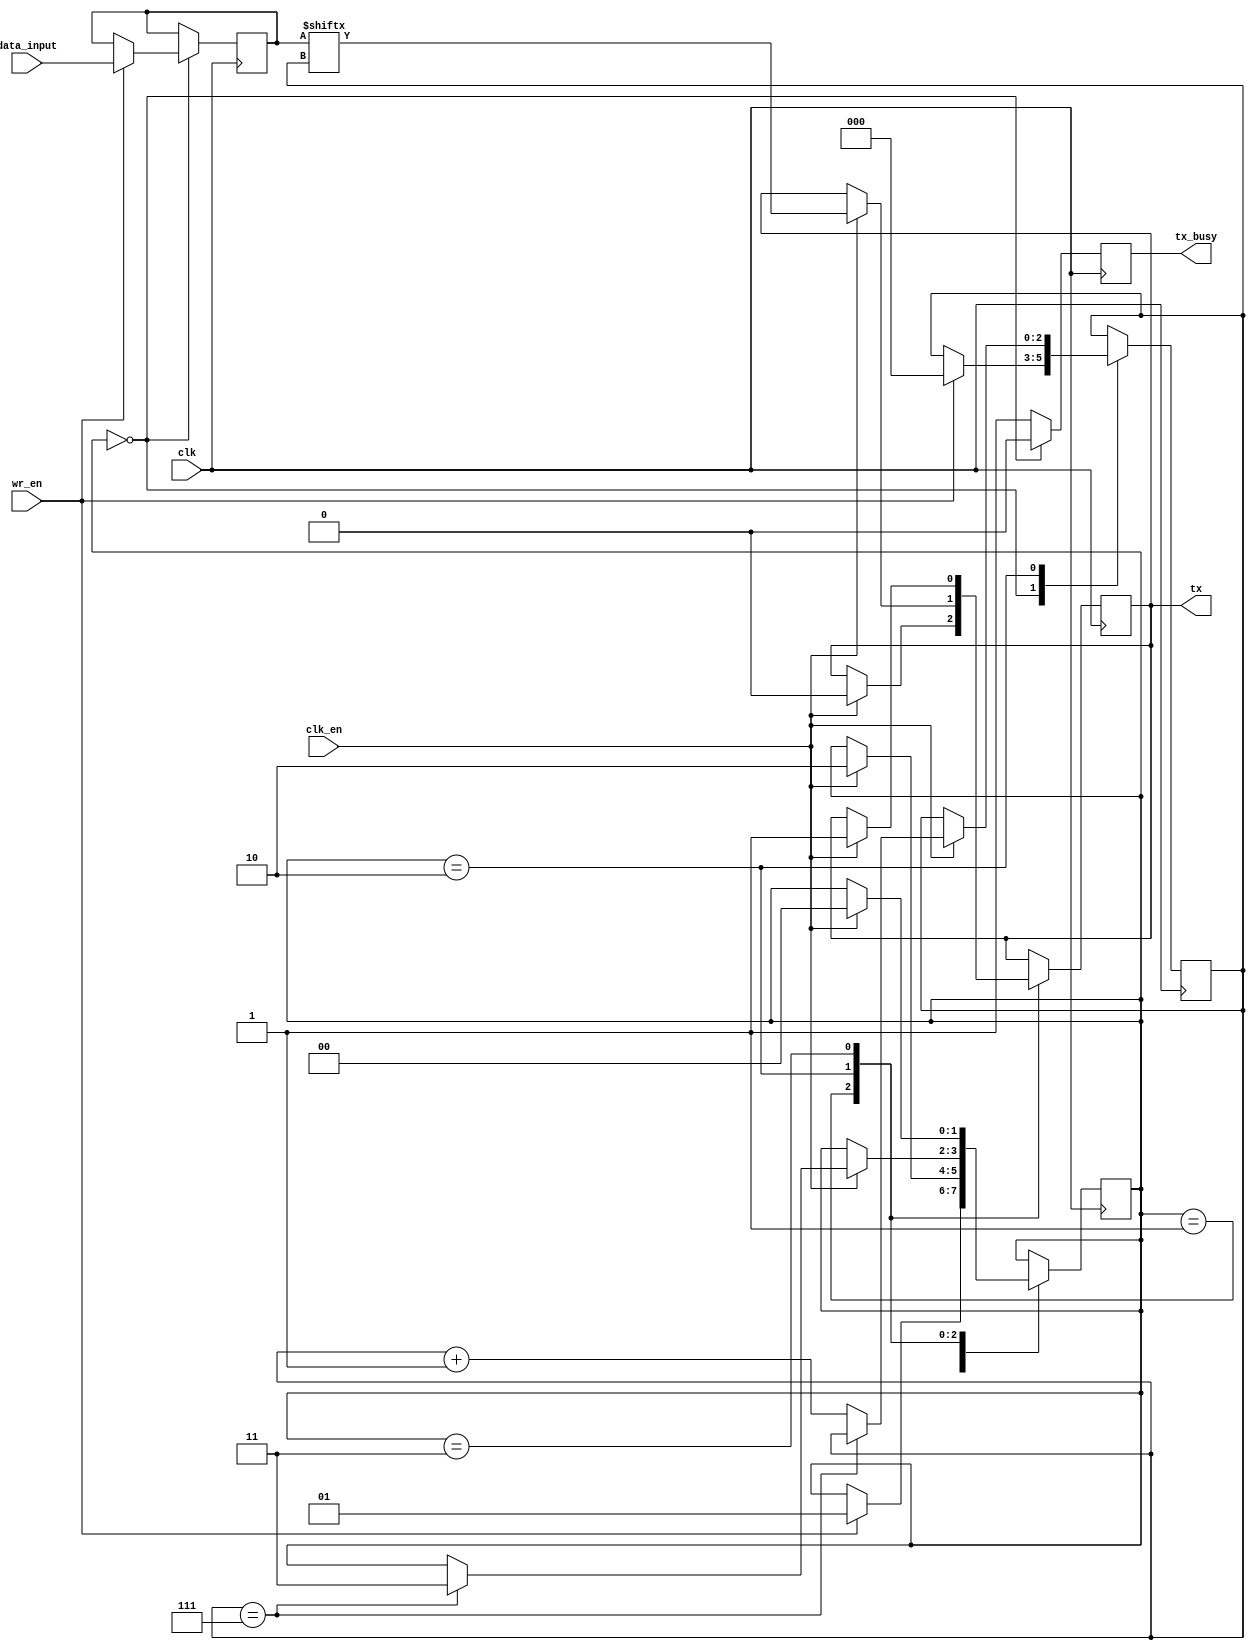
module uart_tx(
	input wire [7:0] data_input,
	input wire wr_en,
	input wire clk,
	input wire clk_en,
	output reg tx,
	output reg tx_busy
);

initial begin
	 tx = 1'b1;
end

parameter STATE_IDLE	= 2'b00;
parameter STATE_START	= 2'b01;
parameter STATE_DATA	= 2'b10;
parameter STATE_STOP	= 2'b11;

reg [7:0] data = 8'h00;
reg [2:0] bitpos = 3'h0;
reg [1:0] state = STATE_IDLE;

always @(posedge clk) begin
	case (state)
		STATE_IDLE: begin
			if (wr_en) begin
				state <= STATE_START;
				data <= data_input;
				bitpos <= 3'h0;
			end
		end
		STATE_START: begin
			if (clk_en) begin
				tx <= 1'b0;
				state <= STATE_DATA;
			end
		end
		STATE_DATA: begin
			if (clk_en) begin
				if (bitpos == 3'h7) begin
					state <= STATE_STOP;
				end
				else begin
					bitpos <= bitpos + 3'h1;
				end
				tx <= data[bitpos];
			end
		end
		STATE_STOP: begin
			if (clk_en) begin
				tx <= 1'b1;
				state <= STATE_IDLE;
			end
		end
		default: begin
			tx <= 1'b1;
			state <= STATE_IDLE;
		end
	endcase
end

always @(posedge clk) begin
	case (state)
		STATE_IDLE: begin
			tx_busy <= 0;
		end
		default: begin
			tx_busy <= 1;
		end
	endcase
end

// assign tx_busy = (state != STATE_IDLE);

endmodule